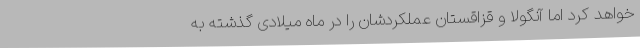
خواهد کرد اما آنگولا و قزاقستان عملکردشان را در ماه میلادی گذشته به